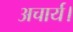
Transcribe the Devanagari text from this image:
अचार्य।